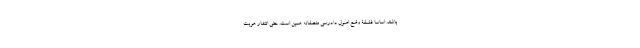
باشند. اساساً فلسفۀ وضع اصول دادرسی منصفانه همین است. حتی انتشار هویت